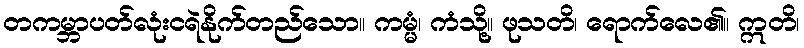
တကမ္ဘာပတ်လုံးငရဲနိုက်တည်သော။ ကမ္မံ၊ ကံသို့။ ဖုသတိ၊ ရောက်လေ၏။ ဣတိ၊